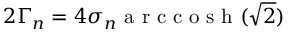
2 \Gamma _ { n } = 4 \sigma _ { n } \textrm { a r c c o s h } ( \sqrt { 2 } )